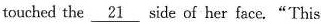
touched the \underline{21}side of her face,"This